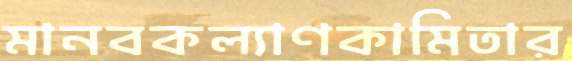
মানবকল্যাণকামিতার